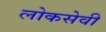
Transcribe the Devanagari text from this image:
लोकसेवी